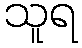
သူရ